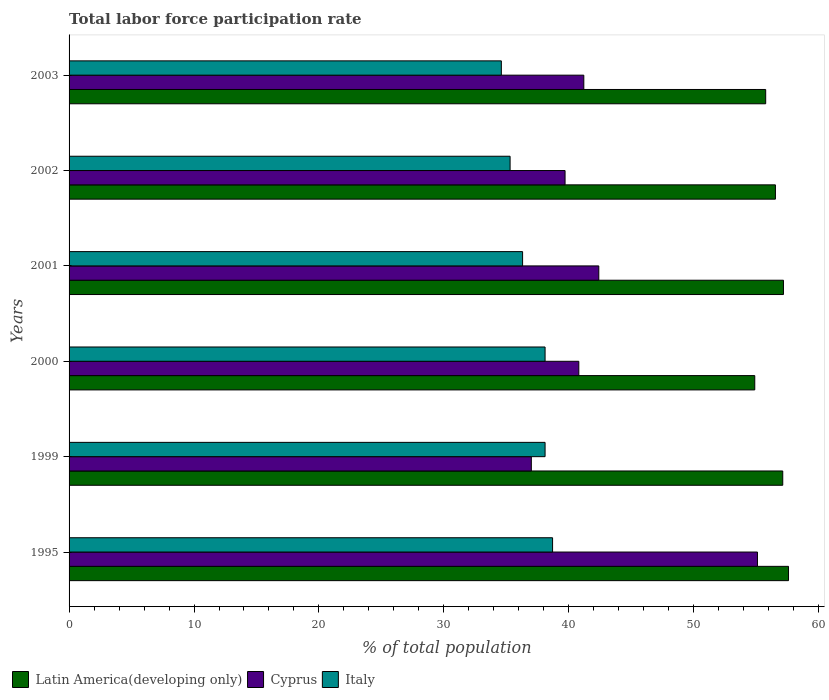
| Years | Latin America(developing only) | Cyprus | Italy |
 | --- | --- | --- | --- |
 | 1995 | 57.6 | 55.1 | 38.7 |
 | 1999 | 57.1 | 37 | 38.1 |
 | 2000 | 54.9 | 40.8 | 38.1 |
 | 2001 | 57.2 | 42.4 | 36.3 |
 | 2002 | 56.5 | 39.7 | 35.3 |
 | 2003 | 55.8 | 41.2 | 34.6 |